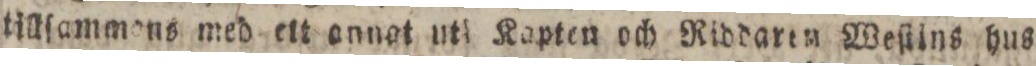
tillſammens med ett annat uti Kapten och Riddaren Weſlins hus